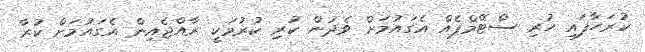
ކުރަހާފައި ހުރި ސްޓޭމްޕެއް އެގައުމަށް ވެދުން ކުރި ކުރުމަކީ ރާއްޖެއިން އެގައުމަށް ކުރާ